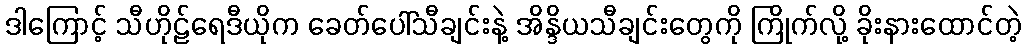
ဒါကြောင့် သီဟိုဠ်ရေဒီယိုက ခေတ်ပေါ်သီချင်းနဲ့ အိန္ဒိယသီချင်းတွေကို ကြိုက်လို့ ခိုးနားထောင်တဲ့